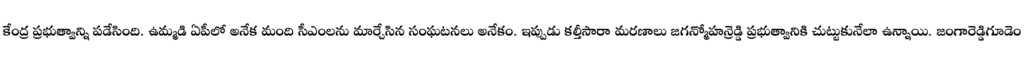
కేంద్ర ప్రభుత్వాన్ని పడేసింది. ఉమ్మడి ఏపీలో అనేక మంది సీఎంలను మార్చేసిన సంఘటనలు అనేకం. ఇప్పుడు కల్తీసారా మరణాలు జగన్మోహన్రెడ్డి ప్రభుత్వానికి చుట్టుకునేలా ఉన్నాయి. జంగారెడ్డిగూడెం